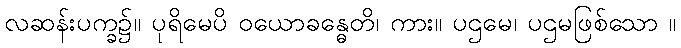
လဆန်းပက္ခ၌။ ပုရိမေပိ ဝယောခန္ဓေတိ၊ ကား။ ပဌမေ၊ ပဌမဖြစ်သော ။